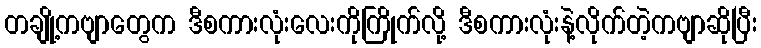
တချို့ကဗျာတွေက ဒီစကားလုံးလေးကိုကြိုက်လို့ ဒီစကားလုံးနဲ့လိုက်တဲ့ကဗျာဆိုပြီး